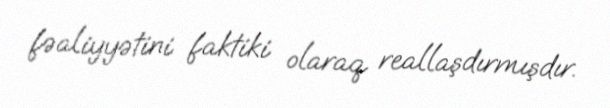
fəaliyyətini faktiki olaraq reallaşdırmışdır.